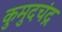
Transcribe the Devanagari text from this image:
कुमुदचंद्र